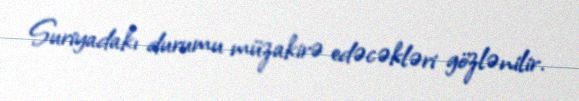
Suriyadakı durumu müzakirə edəcəkləri gözlənilir.